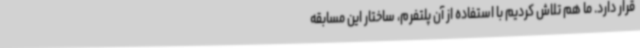
قرار دارد. ما هم تلاش کردیم با استفاده از آن پلتفرم، ساختار این مسابقه